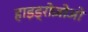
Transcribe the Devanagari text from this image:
हाइड्रोज़ोओ